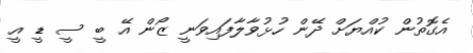
އެގޮތުން ކުއްޔަށް ދޭން ހުޅުވާލާފައިވަނީ ޒޯން އޭ ބީ ސީ ޑީ އީ